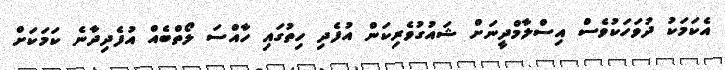
އެކަމަކު ދުވަހަކުވެސް އިސްލާމްދީނަށް ޝައުގުވެރިކަން އުފެދި ހިތުގައި ހާއްސަ ލޯތްބެއް އުފެދިދާނެ ކަމަކަށް